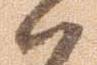
候